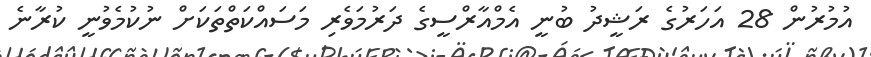
އުމުރުން 28 އަހަރުގެ ރަޝީދު ބުނީ އެމްއާރްސީގެ ދަރުމަވެރި މަސައްކަތްތަކަށް ނުކުމެވުނީ ކުރާނެ